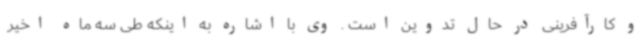
و کارآفرینی در حال تدوین است . وی با اشاره به اینکه طی سه ماه اخیر